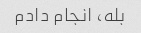
بله، انجام دادم